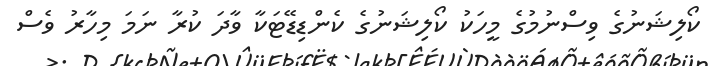
ކޯލިޝަނުގެ ވިސްނުމުގެ މީހަކު ކޯލިޝަނުގެ ކެންޑިޑޭޓަކާ ވާދަ ކުރާ ނަމަ މިހާރު ވެސް